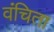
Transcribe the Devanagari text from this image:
वंचिता